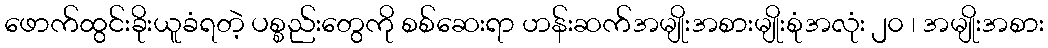
ဖောက်ထွင်းခိုးယူခံရတဲ့ ပစ္စည်းတွေကို စစ်ဆေးရာ ဟန်းဆက်အမျိုးအစားမျိုးစုံအလုံး ၂၀ ၊ အမျိုးအစား